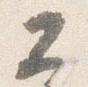
公